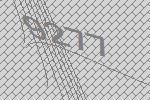
9277